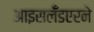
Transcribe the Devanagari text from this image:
आइसलँडएरने